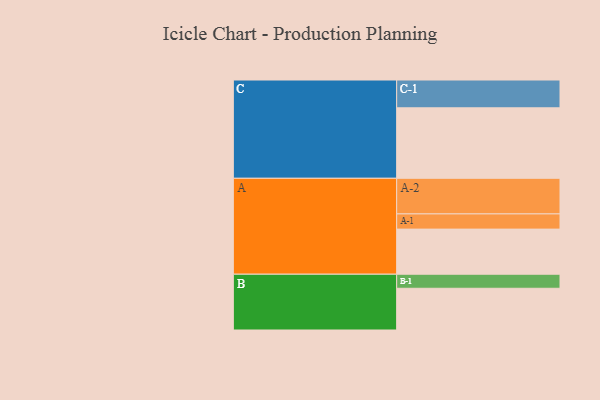
{"axis": {"x": "Segment", "y": "Value"}, "legend": ["", "A", "B", "C"], "data": [{"x": "A", "y": 347, "type": ""}, {"x": "B", "y": 321, "type": ""}, {"x": "C", "y": 542, "type": ""}, {"x": "A-1", "y": 117, "type": "A"}, {"x": "A-2", "y": 274, "type": "A"}, {"x": "B-1", "y": 108, "type": "B"}, {"x": "C-1", "y": 214, "type": "C"}]}